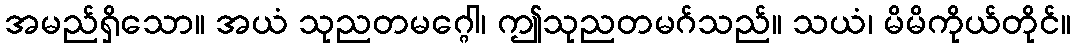
အမည်ရှိသော။ အယံ သုညတမဂ္ဂေါ၊ ဤသုညတမဂ်သည်။ သယံ၊ မိမိကိုယ်တိုင်။